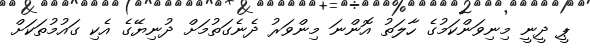
ޕީ ދީނީ މިނިވަންކަމުގެ ހާލަތު އޮންނަ މިންވަރު ދެނެގަތުމަށް ދުނިޔޭގެ އެކި ގައުމުތަކަށް